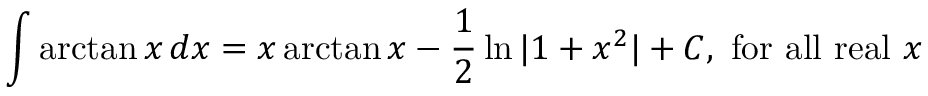
\int \arctan { x } \, d x = x \arctan { x } - { \frac { 1 } { 2 } } \ln { \vert 1 + x ^ { 2 } \vert } + C , { \mathrm { ~ f o r ~ a l l ~ r e a l ~ } } x